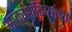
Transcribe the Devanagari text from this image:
आकाशदिव्यांच्या